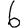
Digit: 6